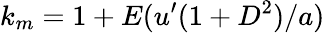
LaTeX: k_{m}=1+E(u^{\prime}(1+D^{2})/a)